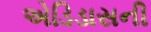
એડિડાસની